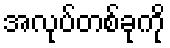
အလုပ်တစ်ခုကို